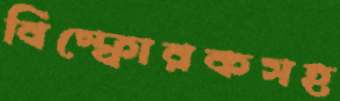
বিস্ফোরকসহ